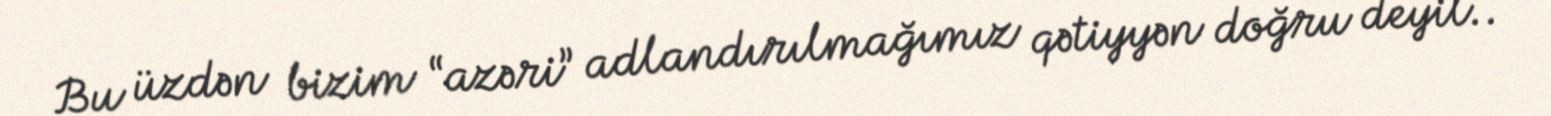
Bu üzdən bizim “azəri” adlandırılmağımız qətiyyən doğru deyil..